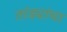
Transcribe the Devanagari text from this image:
तांड्यांचा